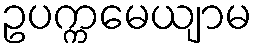
ဥပက္ကမေယျာမ